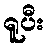
ရူပီး